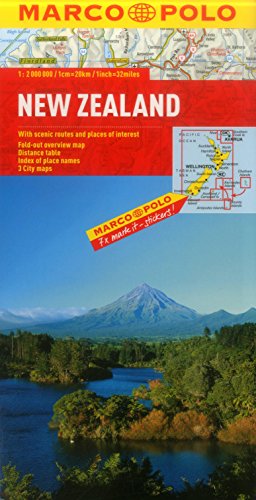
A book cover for New Zealand Marco Polo Map (Marco Polo Maps); Marco Polo Travel; Travel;